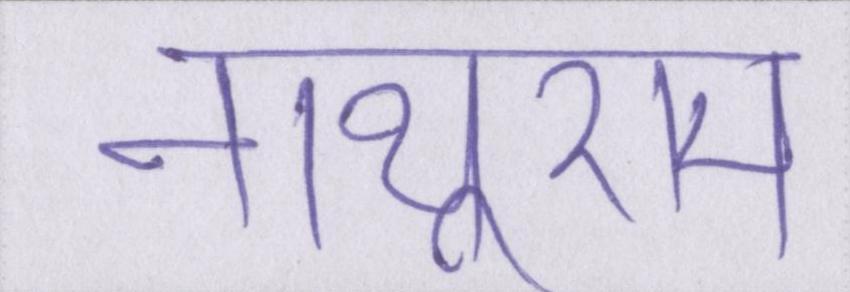
नाथूराम